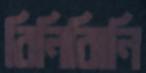
রিনিঝিনি